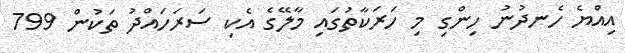
އިއްޔެ ހެނދުނު ހިންގި މި ހަރަކާތުގައި މާލޭގެ އެކި ސަރަހައްދު ތަކުން 799